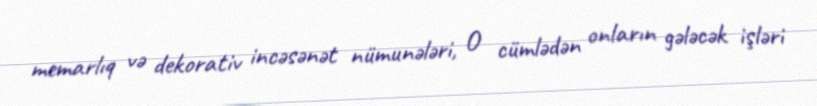
memarlıq və dekorativ incəsənət nümunələri, O cümlədən onların gələcək işləri